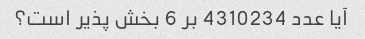
آیا عدد 4310234 بر 6 بخش پذیر است؟